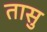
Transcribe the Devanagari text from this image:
तासु